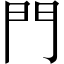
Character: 門